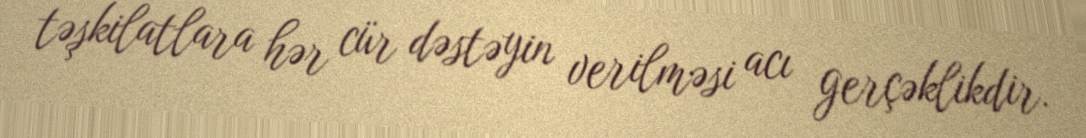
təşkilatlara hər cür dəstəyin verilməsi acı gerçəklikdir.